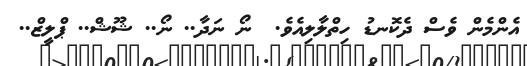
އެންމެން ވެސް ދެކޮނޑު ހިތްލާލިއެވެ.  ނޯ ނަދާ.. ނޯ.. ޝޫޝް.. ޕްލީޒް..